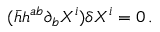
( \bar { h } h ^ { a b } \partial _ { b } X ^ { i } ) \delta X ^ { i } = 0 \, .